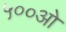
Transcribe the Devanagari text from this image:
५००ओ